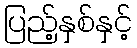
ပြည့်နှစ်နှင့်